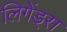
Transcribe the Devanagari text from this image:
लिगेंड्स